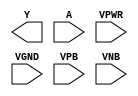
module sky130_fd_sc_hd__bufinv (
    Y   ,
    A   ,
    VPWR,
    VGND,
    VPB ,
    VNB
);

    output Y   ;
    input  A   ;
    input  VPWR;
    input  VGND;
    input  VPB ;
    input  VNB ;
endmodule